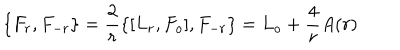
LaTeX: \{ F _ { r } , F _ { - r } \} = \frac { 2 } { r } \{ [ L _ { r } , F _ { o } ] , F _ { - r } \} = L _ { o } + \frac { 4 } { r } A ( r )